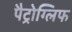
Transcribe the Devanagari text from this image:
पैट्रोग्लिफ